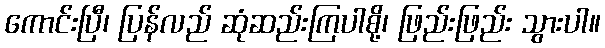
ကောင်းပြီ၊ ပြန်လည် ဆုံဆည်းကြပါစို့၊ ဖြည်းဖြည်း သွားပါ။